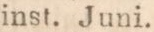
inst. Juni.